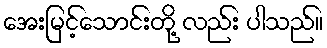
အေးမြင့်သောင်းတို့ လည်း ပါသည်။